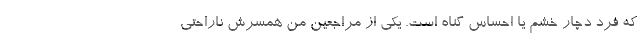
که فرد دچار خشم یا احساس گناه است. یکی از مراجعین من همسرش ناراحتی